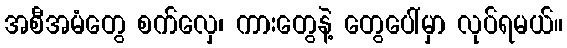
အစီအမံတွေ စက်လှေ၊ ကားတွေနဲ့ တွေပေါ်မှာ လုပ်ရမယ်။